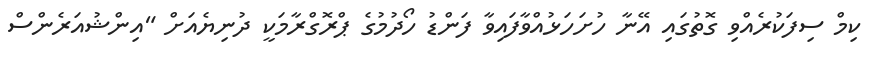
ކިމް ސިފަކުރެއްވި ގޮތުގައި އޭނާ ހުށަހަޅުއްވާފައިވާ ފަންޑު ހޯދުމުގެ ޕްރޮގްރާމަކީ ދުނިޔެއަށް "އިންޝުއަރެންސް